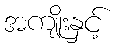
အကျိုးနှင့်